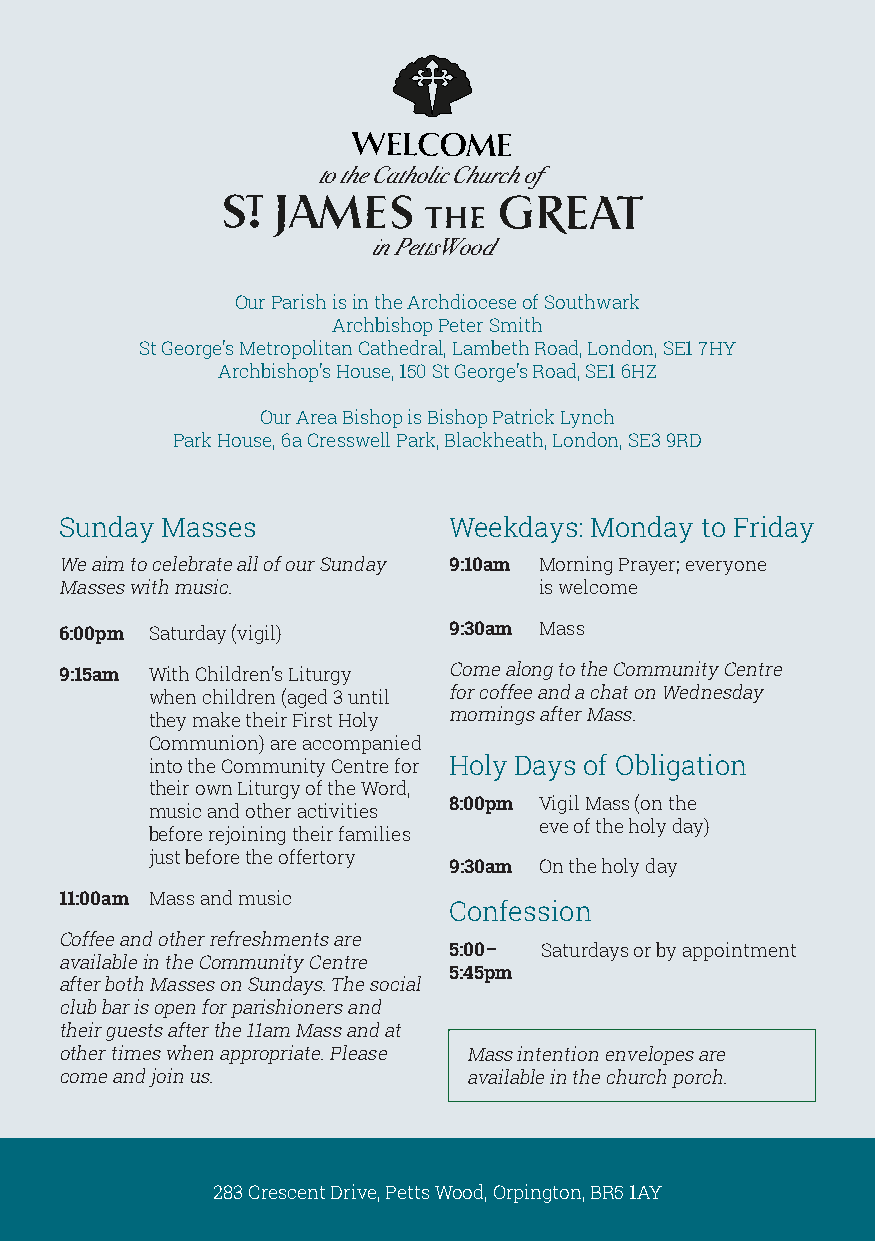
to the Catholic Church of
 in PettsWood
 Our Parish is in the Archdiocese of Southwark
 Archbishop Peter Smith
 St George’s Metropolitan Cathedral, Lambeth Road, London, SE1 7HY
 Archbishop’s House, 150 St George’s Road, SE1 6HZ
 Our Area Bishop is Bishop Patrick Lynch
 Park House, 6a Cresswell Park, Blackheath, London, SE3 9RD
 Sunday Masses             Weekdays: Monday to Friday
 We aim to celebrate all of our Sunday 9:10am Morning Prayer; everyone
 Masses with music.              is welcome
 6:00pm Saturday (vigil)   9:30am Mass
 9:15am With Children’s Liturgy Come along to the Community Centre
 when children (aged 3 until for coffee and a chat on Wednesday
 they make their First Holy mornings after Mass.
 Communion) are accompanied
 into the Community Centre for Holy Days of Obligation
 their own Liturgy of the Word,
 8:00pm Vigil Mass (on the
 music and other activities
 eve of the holy day)
 before rejoining their families
 just before the offertory
 9:30am On the holy day
 11:00am Mass and music
 Confession
 Coffee and other refreshments are
 5:00– Saturdays or by appointment
 available in the Community Centre
 5:45pm
 after both Masses on Sundays. The social
 club bar is open for parishioners and
 their guests after the 11am Mass and at
 other times when appropriate. Please Mass intention envelopes are
 come and join us.          available in the church porch.
 283 Crescent Drive, Petts Wood, Orpington, BR5 1AY